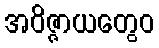
အဝိဇ္ဇာယတွေဝ